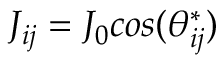
J _ { i j } = J _ { 0 } c o s ( \theta _ { i j } ^ { * } )